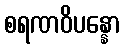
စရဏဝိပန္နော